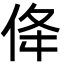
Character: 佭